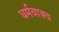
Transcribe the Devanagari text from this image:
धर्मवाक्य